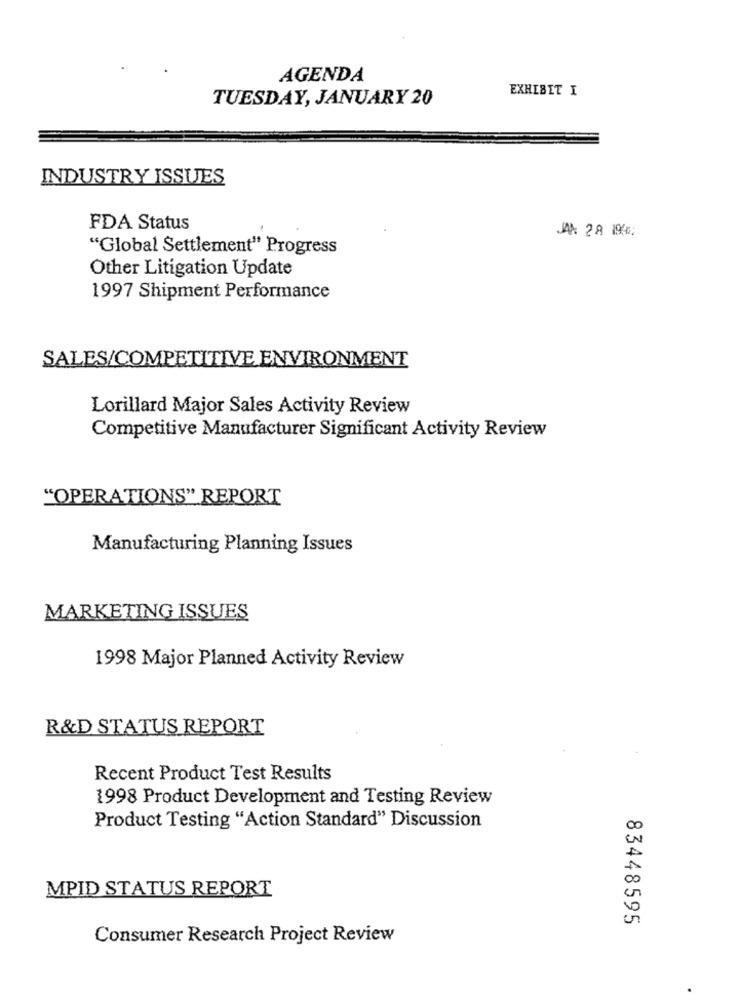
AGENDA
EXHIBIT I
TUESDAY, JANUARY 20
INDUSTRY ISSUES
FDA Status
"Global Settlement" Progress
Other Litigation Update
1997 Shipment Performance
SALES/COMPETITIVE ENVIRONMENT
Lorillard Major Sales Activity Review
Competitive Manufacturer Significant Activity Review
"OPERATIONS" REPORT
Manufacturing Planning Issues
MARKETING ISSUES
1998 Major Planned Activity Review
R&D STATUS REPORT
Recent Product Test Results
1998 Product Development and Testing Review
Product Testing "Action Standard" Discussion
MPID STATUS REPORT
83448595
Consumer Research Project Review